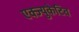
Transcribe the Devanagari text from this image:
एक्ज्युकेटिव